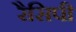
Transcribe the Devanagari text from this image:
रैसिपी